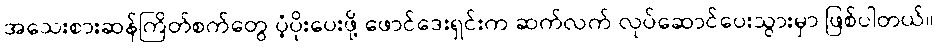
အသေးစားဆန်ကြိတ်စက်တွေ ပံ့ပိုးပေးဖို့ ဖောင်ဒေးရှင်းက ဆက်လက် လုပ်ဆောင်ပေးသွားမှာ ဖြစ်ပါတယ်။